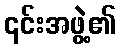
၎င်းအဖွဲ့၏